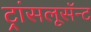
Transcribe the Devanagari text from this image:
ट्रांसलूसॅन्ट